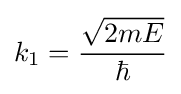
k_{1}={\frac {\sqrt {2mE}}{\hbar }}